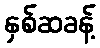
နှစ်ဆခန့်